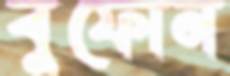
বুফোন